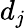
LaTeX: d_{j}